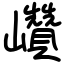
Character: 巑